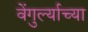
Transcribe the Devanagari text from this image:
वेंगुर्ल्याच्या